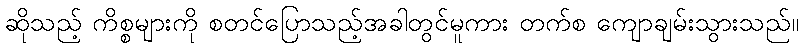
ဆိုသည့် ကိစ္စများကို စတင်ပြောသည့်အခါတွင်မူကား တက်စ ကျောချမ်းသွားသည်။